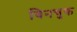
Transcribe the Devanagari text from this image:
बिनचुक